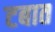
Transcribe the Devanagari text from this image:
टबात